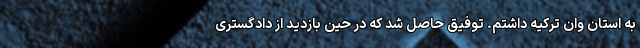
به استان وان ترکیه داشتم. توفیق حاصل شد که در حین بازدید از دادگستری